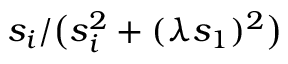
s _ { i } / \bigl ( s _ { i } ^ { 2 } + ( \lambda s _ { 1 } ) ^ { 2 } \bigr )